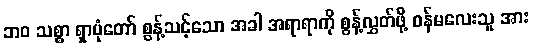
ဘဝ သစ္စာ ရှာပုံတော် စွန့်သင့်သော အခါ အရာရာကို စွန့်လွှတ်ဖို့ ဝန်မလေးသူ အား